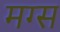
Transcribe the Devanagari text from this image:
मग्स